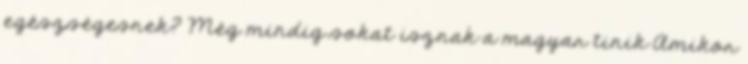
egészségesnek? Még mindig sokat isznak a magyar tinik Amikor